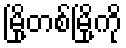
မြို့တစ်မြို့ကို